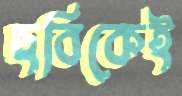
ছবিকেই